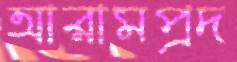
আরামপ্রদ